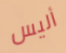
أليس